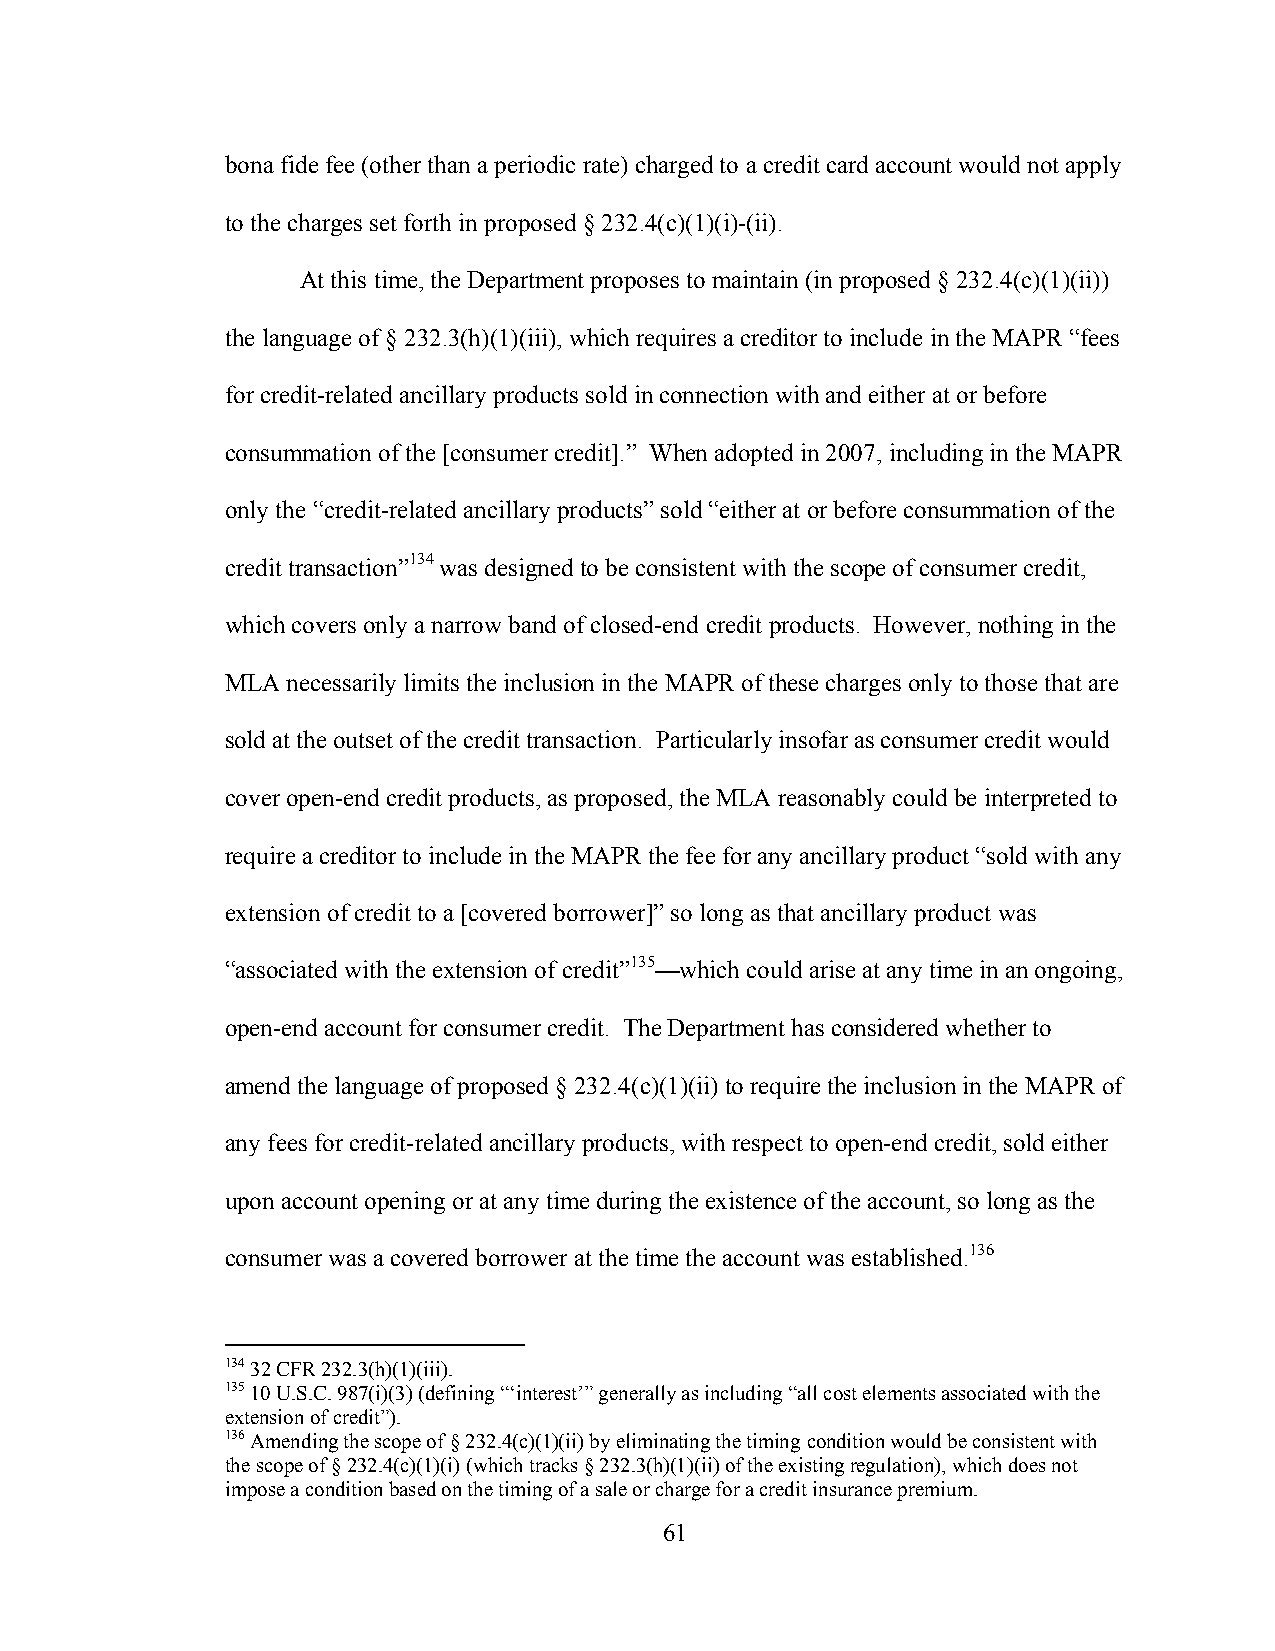
bona fide fee (other than a periodic rate) charged to a credit card account would not apply
 to the charges set forth in proposed § 232.4(c)(1)(i)-(ii).
 At this time, the Department proposes to maintain (in proposed § 232.4(c)(1)(ii))
 the language of § 232.3(h)(1)(iii), which requires a creditor to include in the MAPR “fees
 for credit-related ancillary products sold in connection with and either at or before
 consummation of the [consumer credit].” When adopted in 2007, including in the MAPR
 only the “credit-related ancillary products” sold “either at or before consummation of the
 credit transaction”134 was designed to be consistent with the scope of consumer credit,
 which covers only a narrow band of closed-end credit products. However, nothing in the
 MLA necessarily limits the inclusion in the MAPR of these charges only to those that are
 sold at the outset of the credit transaction. Particularly insofar as consumer credit would
 cover open-end credit products, as proposed, the MLA reasonably could be interpreted to
 require a creditor to include in the MAPR the fee for any ancillary product “sold with any
 extension of credit to a [covered borrower]” so long as that ancillary product was
 “associated with the extension of credit”135—which could arise at any time in an ongoing,
 open-end account for consumer credit. The Department has considered whether to
 amend the language of proposed § 232.4(c)(1)(ii) to require the inclusion in the MAPR of
 any fees for credit-related ancillary products, with respect to open-end credit, sold either
 upon account opening or at any time during the existence of the account, so long as the
 consumer was a covered borrower at the time the account was established.136
 134 32 CFR 232.3(h)(1)(iii).
 135 10 U.S.C. 987(i)(3) (defining “‘interest’” generally as including “all cost elements associated with the
 extension of credit”).
 136 Amending the scope of § 232.4(c)(1)(ii) by eliminating the timing condition would be consistent with
 the scope of § 232.4(c)(1)(i) (which tracks § 232.3(h)(1)(ii) of the existing regulation), which does not
 impose a condition based on the timing of a sale or charge for a credit insurance premium.
 61